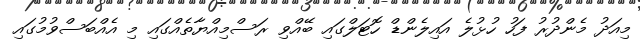
މިއަދު މެންދުރު ފަހު ހުޅުލެ އައިލެންޑް ހޮޓަލްގައި ބޭއްވި ރަސްމިއްޔާތެއްގައި މި އެއްބަސްވުމުގައި